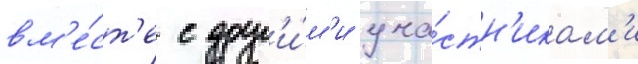
вм'е́ст'е с друг'и́м'и уча́стн'икам'и